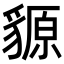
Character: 䝠